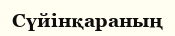
Сүйінқараның